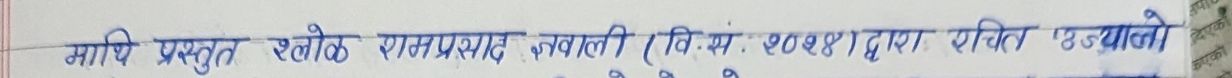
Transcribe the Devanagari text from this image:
माथि प्रस्तुत श्लोक रामप्रसाद ज्ञवाली (वि.सं. २०२४) द्वारा रचित 'उज्यालो